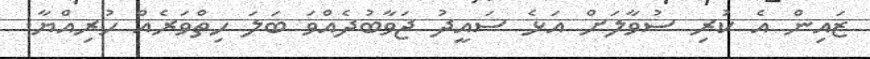
ޒައިން އެ ކުރި ސުވާލަށް އަޅެ ސައީދު ޖަވާބުދެއްވަ ބަލަ ހިތްވަރެއް ހުރިއްޔާ.